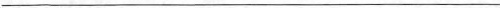
___